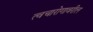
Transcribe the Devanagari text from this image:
त्वचारोगावरील